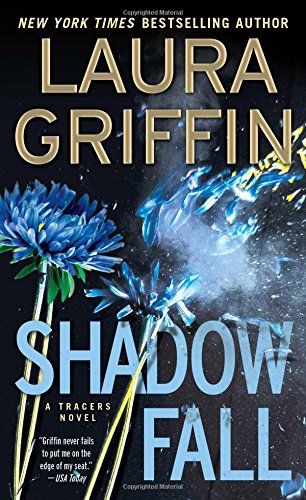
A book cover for Shadow Fall (Tracers); Laura Griffin; Romance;